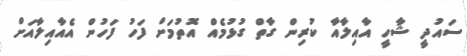
ސައުދީ ޝާހީ އާއިލާއާ ކުރިން ގާތް ގުޅުމެއް އޮތުމަަށް ފަހު ފަހުން އެއާއިލާއަށް